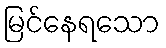
မြင်နေရသော